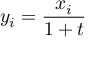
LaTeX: y _ { i } = { \frac { x _ { i } } { 1 + t } }